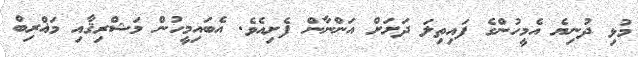
މުޅި ދުނިޔެ އެމީހުންގެ ފައިތިލަ ދަށަށް އަންނާން ފެށިއެވެ. އެބައިމީހުން މަޝްރިޤާއި މަޣްރިބް